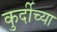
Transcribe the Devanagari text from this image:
कुर्दीच्या